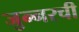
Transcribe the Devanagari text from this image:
जुन्‍नरची